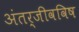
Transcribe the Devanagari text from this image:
अंतर्जीवविष